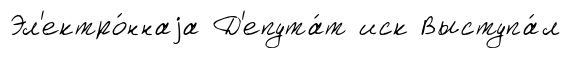
Эл'ектро́ннаjа Д'епута́т иск Выступа́л